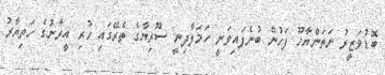
ބޮޑުވަޒީރު ނަތަންޔާހޫ ފަހުން ބުނެފައިވަނީ ހަމަލާދިނީ ސޫރިޔާގެ ތެރޭގައި ހުރި އީރާނުގެ ހަތިޔާރު